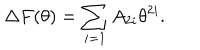
LaTeX: \Delta F ( \theta ) = \sum _ { i = 1 } A _ { 2 i } \theta ^ { 2 i } .